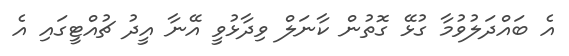
އެ ބައްދަލުވުމާ ގުޅޭ ގޮތުން ކާނަލް ވިދާޅުވީ އޭނާ އީދު ޗުއްޓީގައި އެ